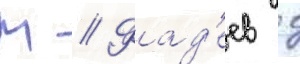
М // Фад'еев г